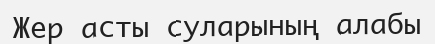
Жер асты суларының алабы